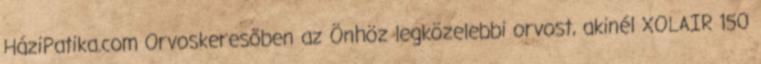
HáziPatika.com Orvoskeresőben az Önhöz legközelebbi orvost, akinél XOLAIR 150